Plague in India, 1896, 1897 - Volume 2
Year: 1896
Disease focus: Plague
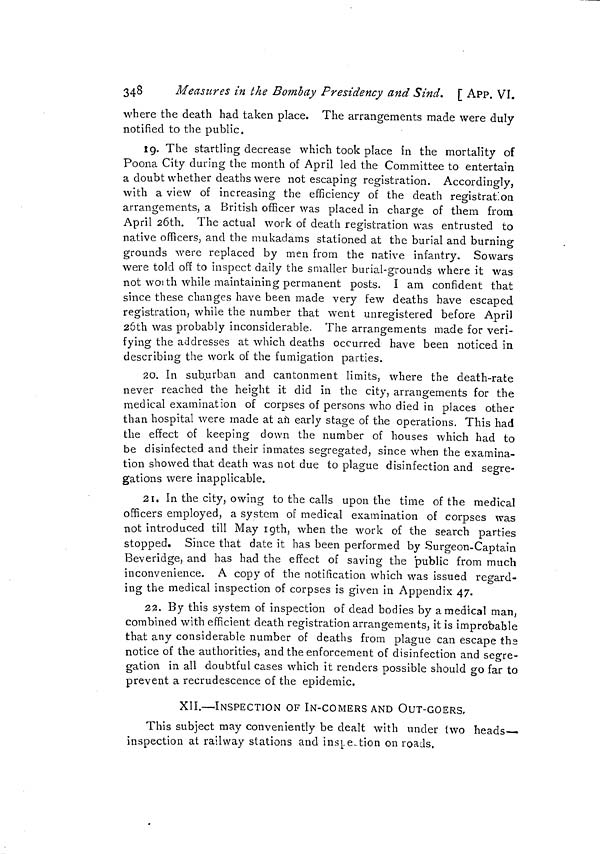
348
Measures in the Bombay Presidency and Sind. [ APP. VI.
where the death had taken place. The arrangements made were duly
notified to the public,
19. The startling decrease which took place in the mortality of
Poona City during the month of April led the Committee to entertain
a doubt whether deaths were not escaping registration. Accordingly,
with a view of increasing the efficiency of the death registration
arrange m ents, a British officer was placed in charge of them from
April 26th. The actual work of death registration was entrusted to
native officers, and the mukadams stationed at the burial and burning
grounds were replaced by men from the native infantry. Sowars
were told off to inspect daily the smaller burial-grounds where it was
not wor th while maintaining permanent posts. I am confident that
since these changes have been made very few deaths have escaped
registration, while the number that went unregistered before April
26th was probably inconsiderable. The arrangements made for veri-
fying the addresses at which deaths occurred have been noticed in
describing the work of the fumigation parties.
20. In suburban and cantonment limits, where the death-rate
never reached the height it did in the city, arrangements for the
medical examination of corpses of persons who died in places other
than hospital were made at an early stage of the operations. This had
the effect of keeping down the number of houses which had to
be disinfected and their inmates segregated, since when the examina-
tion showed that death was not due to plague disinfection and segre-
gations were inapplicable.
21. In the city, owing to the calls upon the time of the medical
officers employed, a system of medical examination of corpses was
not introduced till May 19th, when the work of the search parties
stopped. Since that date it has been performed by Surgeon-Captain
Beveridge, and has had the effect of saving the public from much
inconvenience. A copy of the notification which was issued regard-
ing the medical inspection of corpses is given in Appendix 47.
22. By this system of inspection of dead bodies by a medical man,
combined with efficient death registration arrangements, it is improbable
that any considerable number of deaths from plague can escape the
notice of the authorities, and the enforcement of disinfection and segre-
gation in all doubtful cases which it renders possible should go far to
prevent a recrudescence of the epidemic.
XII.—INSPECTION OF IN-COMERS AND OUT-GOERS,
This subject may conveniently be dealt with under two heads-
inspection at railway stations and inspection on roads.